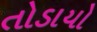
તોડાયો